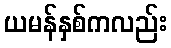
ယမန်နှစ်ကလည်း